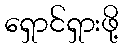
ရှောင်ရှားဖို့